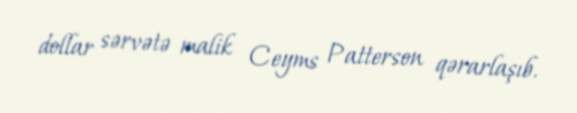
dollar sərvətə malik Ceyms Patterson qərarlaşıb.